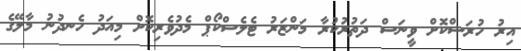
އިރު ހުރަސްކޮށް ވީނަސް ދަތުރުކުރާ މަންޒަރު ޓެލެސްކޯޕް މެދުވެރިކޮށް މިއަދު ހެނދުނު މާލޭގެ